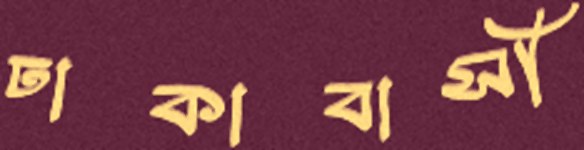
ঢাকাবাসী